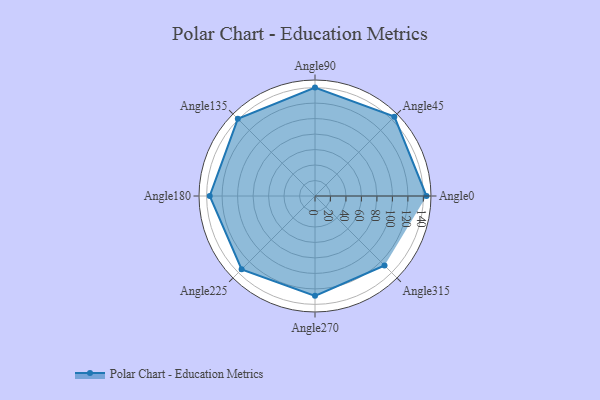
{"axis": {"x": "Angle", "y": "Radius"}, "legend": [""], "data": [{"x": "Angle0", "y": 144.0, "type": ""}, {"x": "Angle45", "y": 145.0, "type": ""}, {"x": "Angle90", "y": 140.0, "type": ""}, {"x": "Angle135", "y": 141.0, "type": ""}, {"x": "Angle180", "y": 136.0, "type": ""}, {"x": "Angle225", "y": 134.0, "type": ""}, {"x": "Angle270", "y": 129.0, "type": ""}, {"x": "Angle315", "y": 127.0, "type": ""}]}